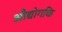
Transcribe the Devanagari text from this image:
औद्योगकि